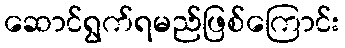
ဆောင်ရွက်ရမည်ဖြစ်ကြောင်း